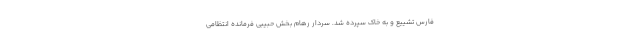
فارس تشییع و به خاک سپرده شد. سردار رهام بخش حبیبی فرمانده انتظامی